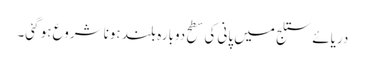
دریائے ستلج میں پانی کی سطح دوبارہ بلند ہونا شروع ہو گئی۔